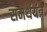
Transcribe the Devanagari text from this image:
समर्थयंत्र